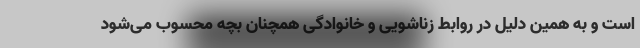
است و به همین دلیل در روابط زناشویی و خانوادگی همچنان بچه محسوب می‌شود